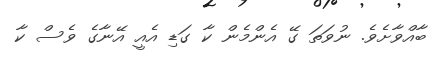
ބާއްވާށެވެ. ނުވަތަ ގޭ އެންމެން ކާ ގަޑި އެއީ އޭނާގެ ވެސް ކާ